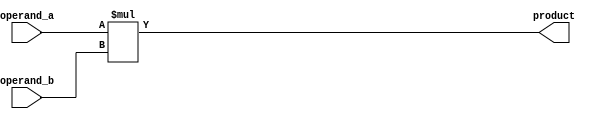
module sequential_booth_multiplier(
    input wire [31:0] operand_a,
    input wire [31:0] operand_b,
    output wire [63:0] product
);

reg [63:0] product_reg;
reg [31:0] booth_encoder_output;
reg [31:0] partial_product;

always @* begin
    product_reg = operand_a * operand_b; // initialize product_reg with the full product
    booth_encoder_output = operand_a; // initialize booth_encoder_output with operand_a
    partial_product = 0; // initialize partial_product with 0
    repeat(32) begin // repeat for 32 iterations for 32-bit operands
        if(booth_encoder_output[0] == 1 && booth_encoder_output[1] == 0) begin
            // Adding operand_b to the partial product in case of a positive number
            partial_product = partial_product + (operand_b << 1);
        end else if(booth_encoder_output[0] == 0 && booth_encoder_output[1] == 1) begin
            // Subtracting operand_b from the partial product in case of a negative number
            partial_product = partial_product - (operand_b << 1);
        end
        // perform Booth encoding right shift operation
        booth_encoder_output = {booth_encoder_output[31], booth_encoder_output[31:1]};
    end
    product = product_reg; // output the final product
end

endmodule